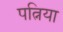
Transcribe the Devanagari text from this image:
पत्निया